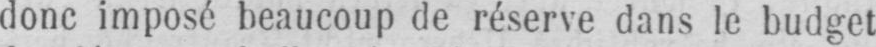
donc imposé beaucoup de réserve dans le budget